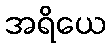
အရိယေ